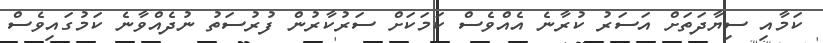
ކަމާއި ސިޔާދަތަށް އަސަރު ކުރާނެ އެއްވެސް ކަމަކަށް ސަރުކާރުން ފުރުސަތު ނުދެއްވާނެ ކަމުގައިވެސް